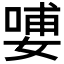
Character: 𰌑